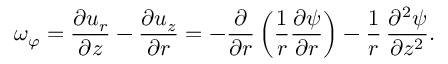
\omega _ { \varphi } = { \frac { \partial u _ { r } } { \partial z } } - { \frac { \partial u _ { z } } { \partial r } } = - { \frac { \partial } { \partial r } } \left( { \frac { 1 } { r } } { \frac { \partial \psi } { \partial r } } \right) - { \frac { 1 } { r } } \, { \frac { \partial ^ { 2 } \psi } { \partial z ^ { 2 } } } .